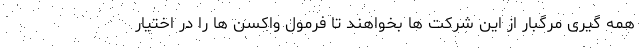
همه گیری مرگبار از این شرکت ها بخواهند تا فرمول واکسن ها را در اختیار